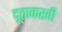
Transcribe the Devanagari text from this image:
दूताकरवी